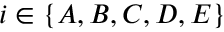
i \in \{ A , B , C , D , E \}